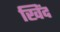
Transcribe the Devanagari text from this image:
खिंद